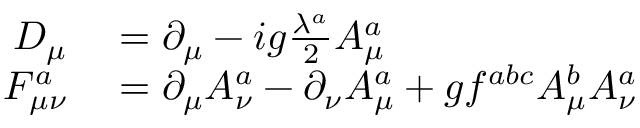
\begin{array} { r l } { D _ { \mu } } & { { } = \partial _ { \mu } - i g \frac { \lambda ^ { a } } { 2 } A _ { \mu } ^ { a } } \\ { F _ { \mu \nu } ^ { a } } & { { } = \partial _ { \mu } A _ { \nu } ^ { a } - \partial _ { \nu } A _ { \mu } ^ { a } + g f ^ { a b c } A _ { \mu } ^ { b } A _ { \nu } ^ { a } } \end{array}